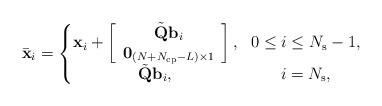
LaTeX: \begin{align*} \bar{\mathbf{x}}_i=\left\{\begin{matrix} \mathbf{x}_i+\left[\begin{array}{c}\tilde{\mathbf{Q}} {\mathbf{b}}_i \\ \mathbf{0}_{(N+N_{\rm cp}-L)\times 1}\end{array}\right], & 0\leq i\leq N_{\rm s}-1, \\ \tilde{ \mathbf{Q}} {\mathbf{b}}_i, & i=N_{\rm s},\end{matrix}\right. \end{align*}